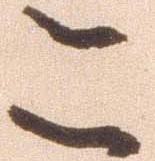
こ